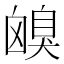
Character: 𦤟